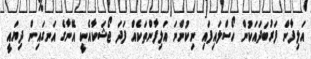
އަލިފާން ފަރުބަދައަކުން ހޯސްލައިފައި ނިކުންނަ އަލިފާންތަކެއް ފަދަ ޖޯޝަކާއެކީ އޭނާގެ އަނގައިން ދިޔައީ